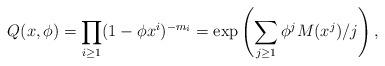
LaTeX: \begin{align*}Q(x,\phi) = \prod_{i \ge 1}(1-\phi x^i)^{-m_i} = \exp \left(\sum_{j \ge 1} \phi^j M(x^j)/j \right), \end{align*}